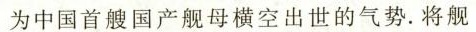
为中国首艘国产舰母横空出世的气势。将舰